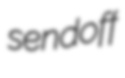
sendoff